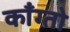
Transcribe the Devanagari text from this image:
काँग्तो